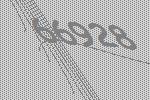
66928